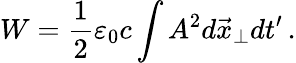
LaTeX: W=\frac{1}{2}\varepsilon_{0}c\int A^{2}d\vec{x}_{\perp}dt^{\prime}\, .